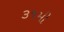
૩૧મી